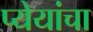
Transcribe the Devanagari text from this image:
प्येयांचा